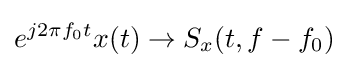
e^{j2\pi f_{0}t}x(t)\rightarrow S_{x}(t,f-f_{0})